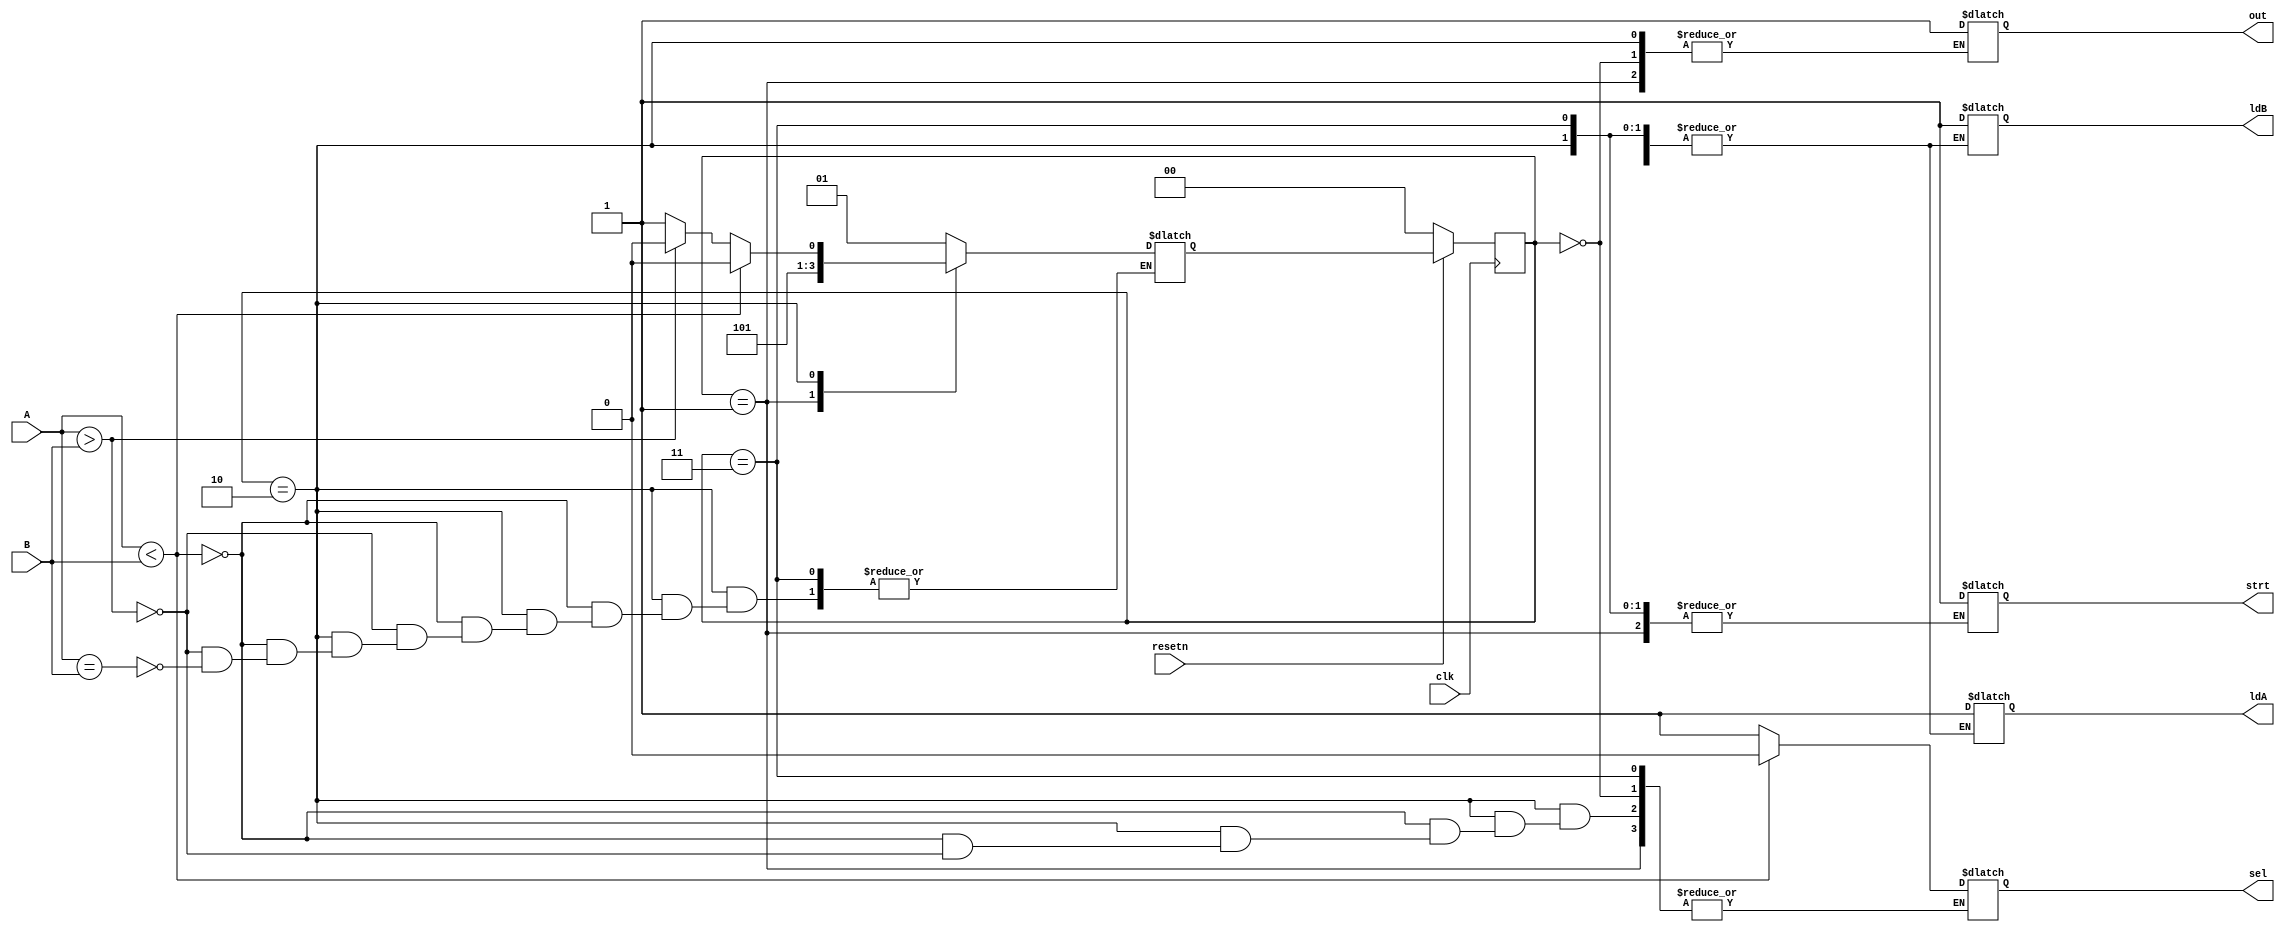
`timescale 1ns / 1ps
//////////////////////////////////////////////////////////////////////////////////
// Company: 
// Engineer: 
// 
// Design Name: 
// Module Name:    gcd_control 
// Project Name: 
// Target Devices: 
// Tool versions: 
// Description: 
//
// Dependencies: 
//
// Revision: 
// Revision 0.01 - File Created
// Additional Comments: 
//
//////////////////////////////////////////////////////////////////////////////////
module gcd_control(input clk,resetn,
input [3:0]A,B,
output reg ldA,ldB,sel,out,strt
    );
	 
	 reg [1:0]cur_s,nex_s;
	 parameter start = 2'b00,data_in = 2'b01,operation = 2'b10,outputs = 2'b11;
	 
	 always @(posedge clk)
	 begin
		if(~resetn)
		cur_s <= start;
		else
		cur_s <= nex_s;
	 end
	 
	 always @(*)
	 begin
		case(cur_s)
		start:begin
				strt = 1;
				nex_s = data_in;
				end
		data_in:begin
					ldA = 1;
					ldB = 1;
					nex_s = operation;
				  end
		operation:begin
					  if(A<B)
					  begin
					  sel = 0;
					  nex_s = operation;
					  end
					  else if(A>B)
					  begin
					  sel = 1;
					  nex_s = operation;
					  end
					  else if(A==B)
					  nex_s = outputs;
					 end
		 outputs:begin
					out = 1;
					end
		 default:begin
					 nex_s = cur_s;
					 {ldA,ldB,out} = 3'b000; 
					end
	 endcase
	 end


endmodule